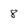
Character: 8